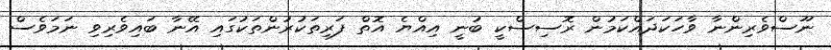
ނޫސްވެރިންނާ ވާހަކަދައްކަމުން ރޮސިސްކީ ބުނީ އިއްޔެ އޮތް ފަރިތަކުރުންތަކުގައި އޭނާ ބައިވެރިވި ނަމަވެސް